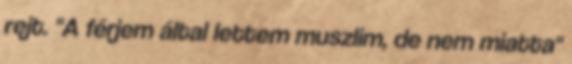
rejt. "A férjem által lettem muszlim, de nem miatta"